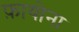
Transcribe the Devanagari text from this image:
फ़ायोना